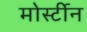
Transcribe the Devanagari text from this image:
मोर्स्टीन